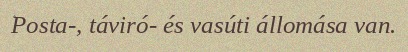
Posta-, táviró- és vasúti állomása van.